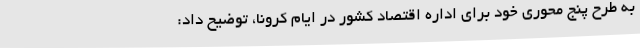
به طرح پنج محوری خود برای اداره اقتصاد کشور در ایام کرونا، توضیح داد: